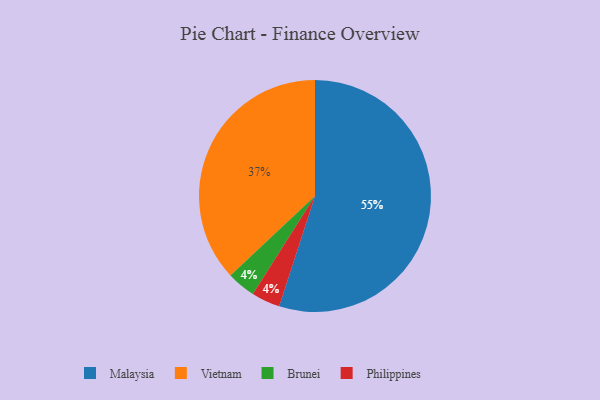
{"axis": {"x": "Category", "y": "Percentage"}, "legend": ["Brunei", "Malaysia", "Philippines", "Vietnam"], "data": [{"x": "Brunei", "y": 4, "type": "Brunei"}, {"x": "Vietnam", "y": 37, "type": "Vietnam"}, {"x": "Philippines", "y": 4, "type": "Philippines"}, {"x": "Malaysia", "y": 55, "type": "Malaysia"}]}